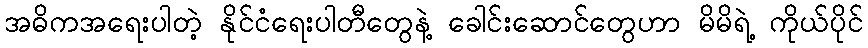
အဓိကအရေးပါတဲ့ နိုင်ငံရေးပါတီတွေနဲ့ ခေါင်းဆောင်တွေဟာ မိမိရဲ့ ကိုယ်ပိုင်